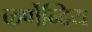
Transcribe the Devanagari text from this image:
कर्णेन्दिय